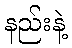
နည်းနဲ့